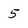
Character: 5